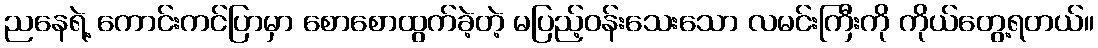
ညနေရဲ့ ကောင်းကင်ပြာမှာ စောစောထွက်ခဲ့တဲ့ မပြည့်ဝန်းသေးသော လမင်းကြီးကို ကိုယ်တွေ့ရတယ်။